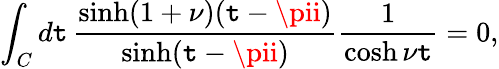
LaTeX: \int_{C}d\mathtt{t}\, \frac{{\sinh(1+\nu)(\mathtt{t}-\pii)}}{{\sinh(\mathtt{t}-\pii)}}\frac{{1}}{{\cosh\nu\mathtt{t}}}=0,